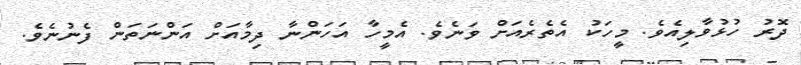
ދޮރު ހުޅުވާލިއެވެ. މީހަކު އެތެރެއަށް ވަނެވެ. އެމީހާ އަހަންނާ ދިމާއަށް އަންނަތަން ފެނުނެވެ.